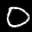
Label: 0